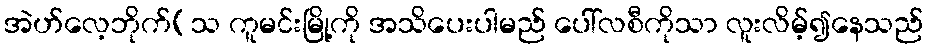
အဲဟ်လေ့ဘိုက်(သ ကူမင်းမြို့ကို အသိပေးပါမည် ပေါ်လစီကိုသာ လူးလိမ့်၍နေသည်